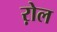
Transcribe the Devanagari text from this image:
ऱोल